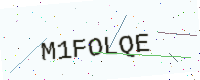
Text: M1FOLQE